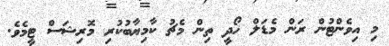
މި އިވެންޓުން ރަން މެޑަލް ހޯދީ ތިން މެޗު ކާމިޔާބުކުރި މޮރިޝަސް ޓީމެވެ.